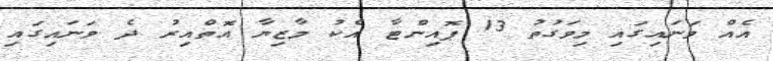
އެއް ވަނައިގައި މިވަގުތު 13 ޕޮއިންޓާ އެކު މާޒިޔާ އޮތްއިރު ދެ ވަނައިގައި